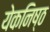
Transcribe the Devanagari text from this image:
येकनिष्ठ